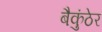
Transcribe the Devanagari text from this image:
बैकुंठेर